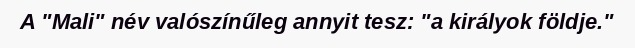
A "Mali" név valószínűleg annyit tesz: "a királyok földje."